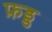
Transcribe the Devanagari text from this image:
फ़ड्ड